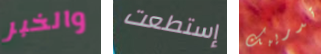
والخبر إستطعت تدريبك